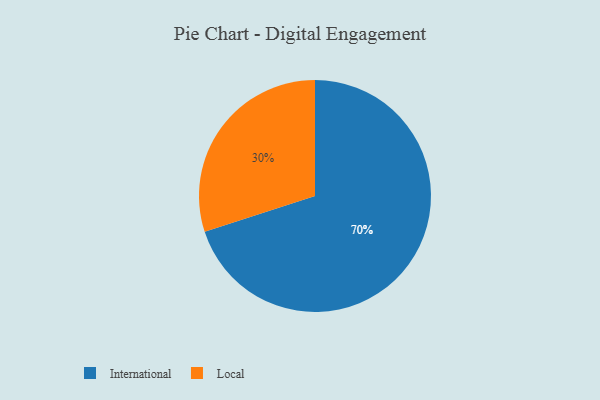
{"axis": {"x": "Category", "y": "Percentage"}, "legend": ["International", "Local"], "data": [{"x": "Local", "y": 30, "type": "Local"}, {"x": "International", "y": 70, "type": "International"}]}